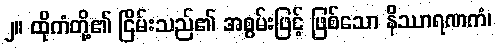
၂။ ထိုကံတို့၏ ငြိမ်းသည်၏ အစွမ်းဖြင့် ဖြစ်သော နိဿာရဏကံ၊